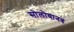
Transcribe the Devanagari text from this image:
सोलोयानव